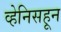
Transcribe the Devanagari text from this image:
व्हेनिसहून